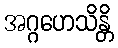
အဂ္ဂဟေသိန္တိ